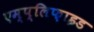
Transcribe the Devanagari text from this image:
एम्प्लिफ़ाइड